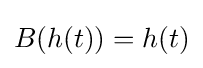
B(h(t))=h(t)